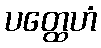
ပတ္ထေဟံ